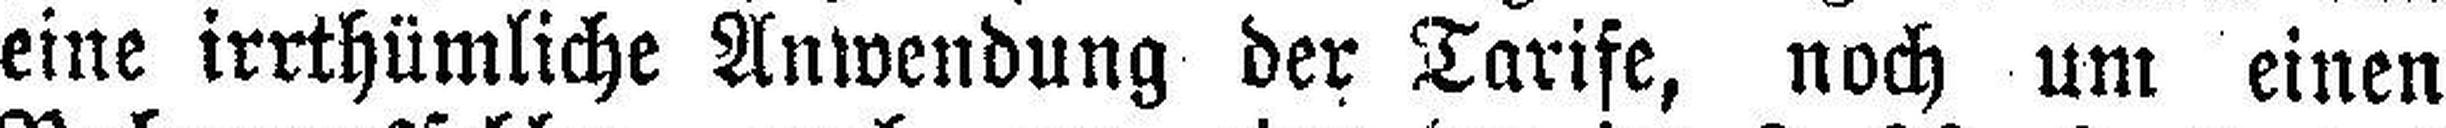
eine irrthümliche Anwendung der Tarife, noch um einen